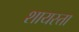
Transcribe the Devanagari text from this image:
शायस्ता